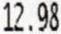
12.98